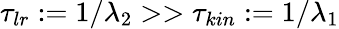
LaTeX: \tau_{lr}:=1/\lambda_{2}>>\tau_{kin}:=1/\lambda_{1}